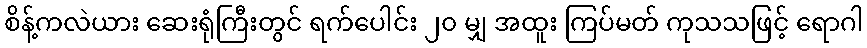
စိန့်ကလဲယား ဆေးရုံကြီးတွင် ရက်ပေါင်း ၂၀ မျှ အထူး ကြပ်မတ် ကုသသဖြင့် ရောဂါ